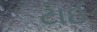
ટાઈ